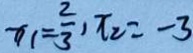
x _ { 1 } = \frac { 2 } { 3 } , x _ { 2 } = - 3